Physiological action of certain drugs in tablet form - Number 52A
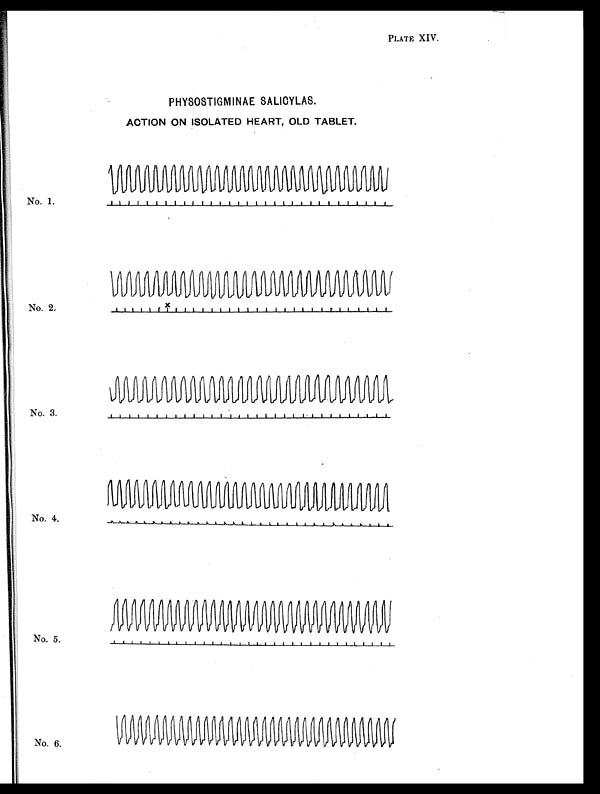
PLATE XIV.
PHYSOSTIGMINAE SALICYLAS .
ACTION ON ISOLATED HEART, OLD TABLET.
No. 1.
No. 2.
No. 3.
No. 4.
No. 5.
No. 6.